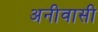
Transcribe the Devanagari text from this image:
अनीवासी